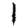
Digit: 1